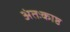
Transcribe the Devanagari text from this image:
अंतःकाष्ठ